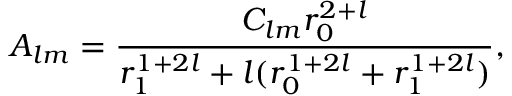
A _ { l m } = \frac { C _ { l m } r _ { 0 } ^ { 2 + l } } { r _ { 1 } ^ { 1 + 2 l } + l ( r _ { 0 } ^ { 1 + 2 l } + r _ { 1 } ^ { 1 + 2 l } ) } ,